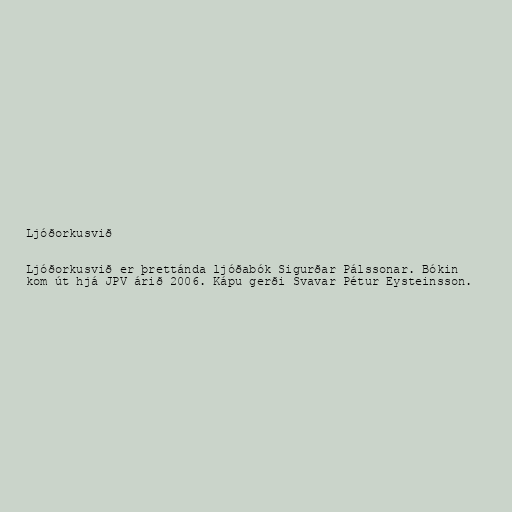
Ljóðorkusvið

Ljóðorkusvið er þrettánda ljóðabók Sigurðar Pálssonar. Bókin
kom út hjá JPV árið 2006. Kápu gerði Svavar Pétur Eysteinsson.